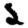
Digit: 2